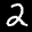
Label: 2